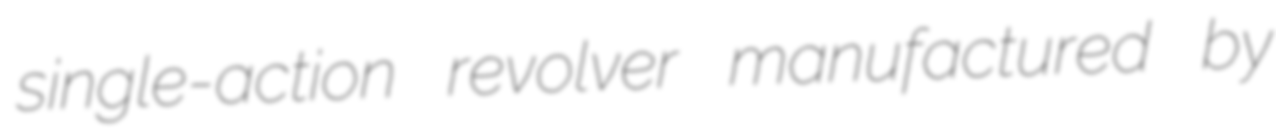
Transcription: single-action revolver manufactured by